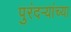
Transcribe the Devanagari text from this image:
पुरंदऱ्यांच्या